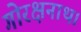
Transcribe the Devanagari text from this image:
गोरक्षनाथ।